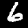
Label: 6